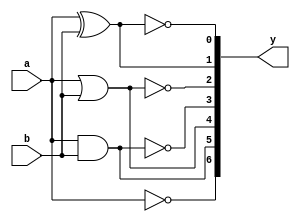
//Gate Level Modelling
module basic_gates(input a,input b,output [0:6]y);
    not(y[0],a);           //Not gate
    and(y[1], a,b);      //And gate
    or(y[2],a,b);        //Or gate
    nand(y[3],a,b);      //Nand gate
    nor(y[4],a,b);       //Nor gate
    xor(y[5],a,b);       //Ex-or gate
    xnor(y[6],a,b);      //Ex-nor gate   //y = 1001101
endmodule

//test bench............................//
module basic_gates_tb;
//DUT Inputs
reg a;
reg b;
//DUT Outputs
 wire [0:6]y;
// Module instantiation
basic_gates uut (a,b,y);

integer i;
// Initialize Inputs
initial begin
for(i =0; i <4 ; i= i+1)
#10 {a,b}=i;
end
initial begin
$monitor("a= %0b | b = %0b |y_not = %0b | y_and= %0b |y_or = %0b | y_nand= %0b |y_nor = %0b | y_xor= %0b | y_xnor=%0b",a,b,y[0],y[1],y[2],y[3],y[4],y[5],y[6]);
end 
endmodule